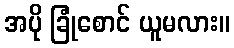
အပို ခြုံစောင် ယူမလား။